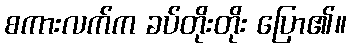
စကားလက်က ခပ်တိုးတိုး ပြော၏။